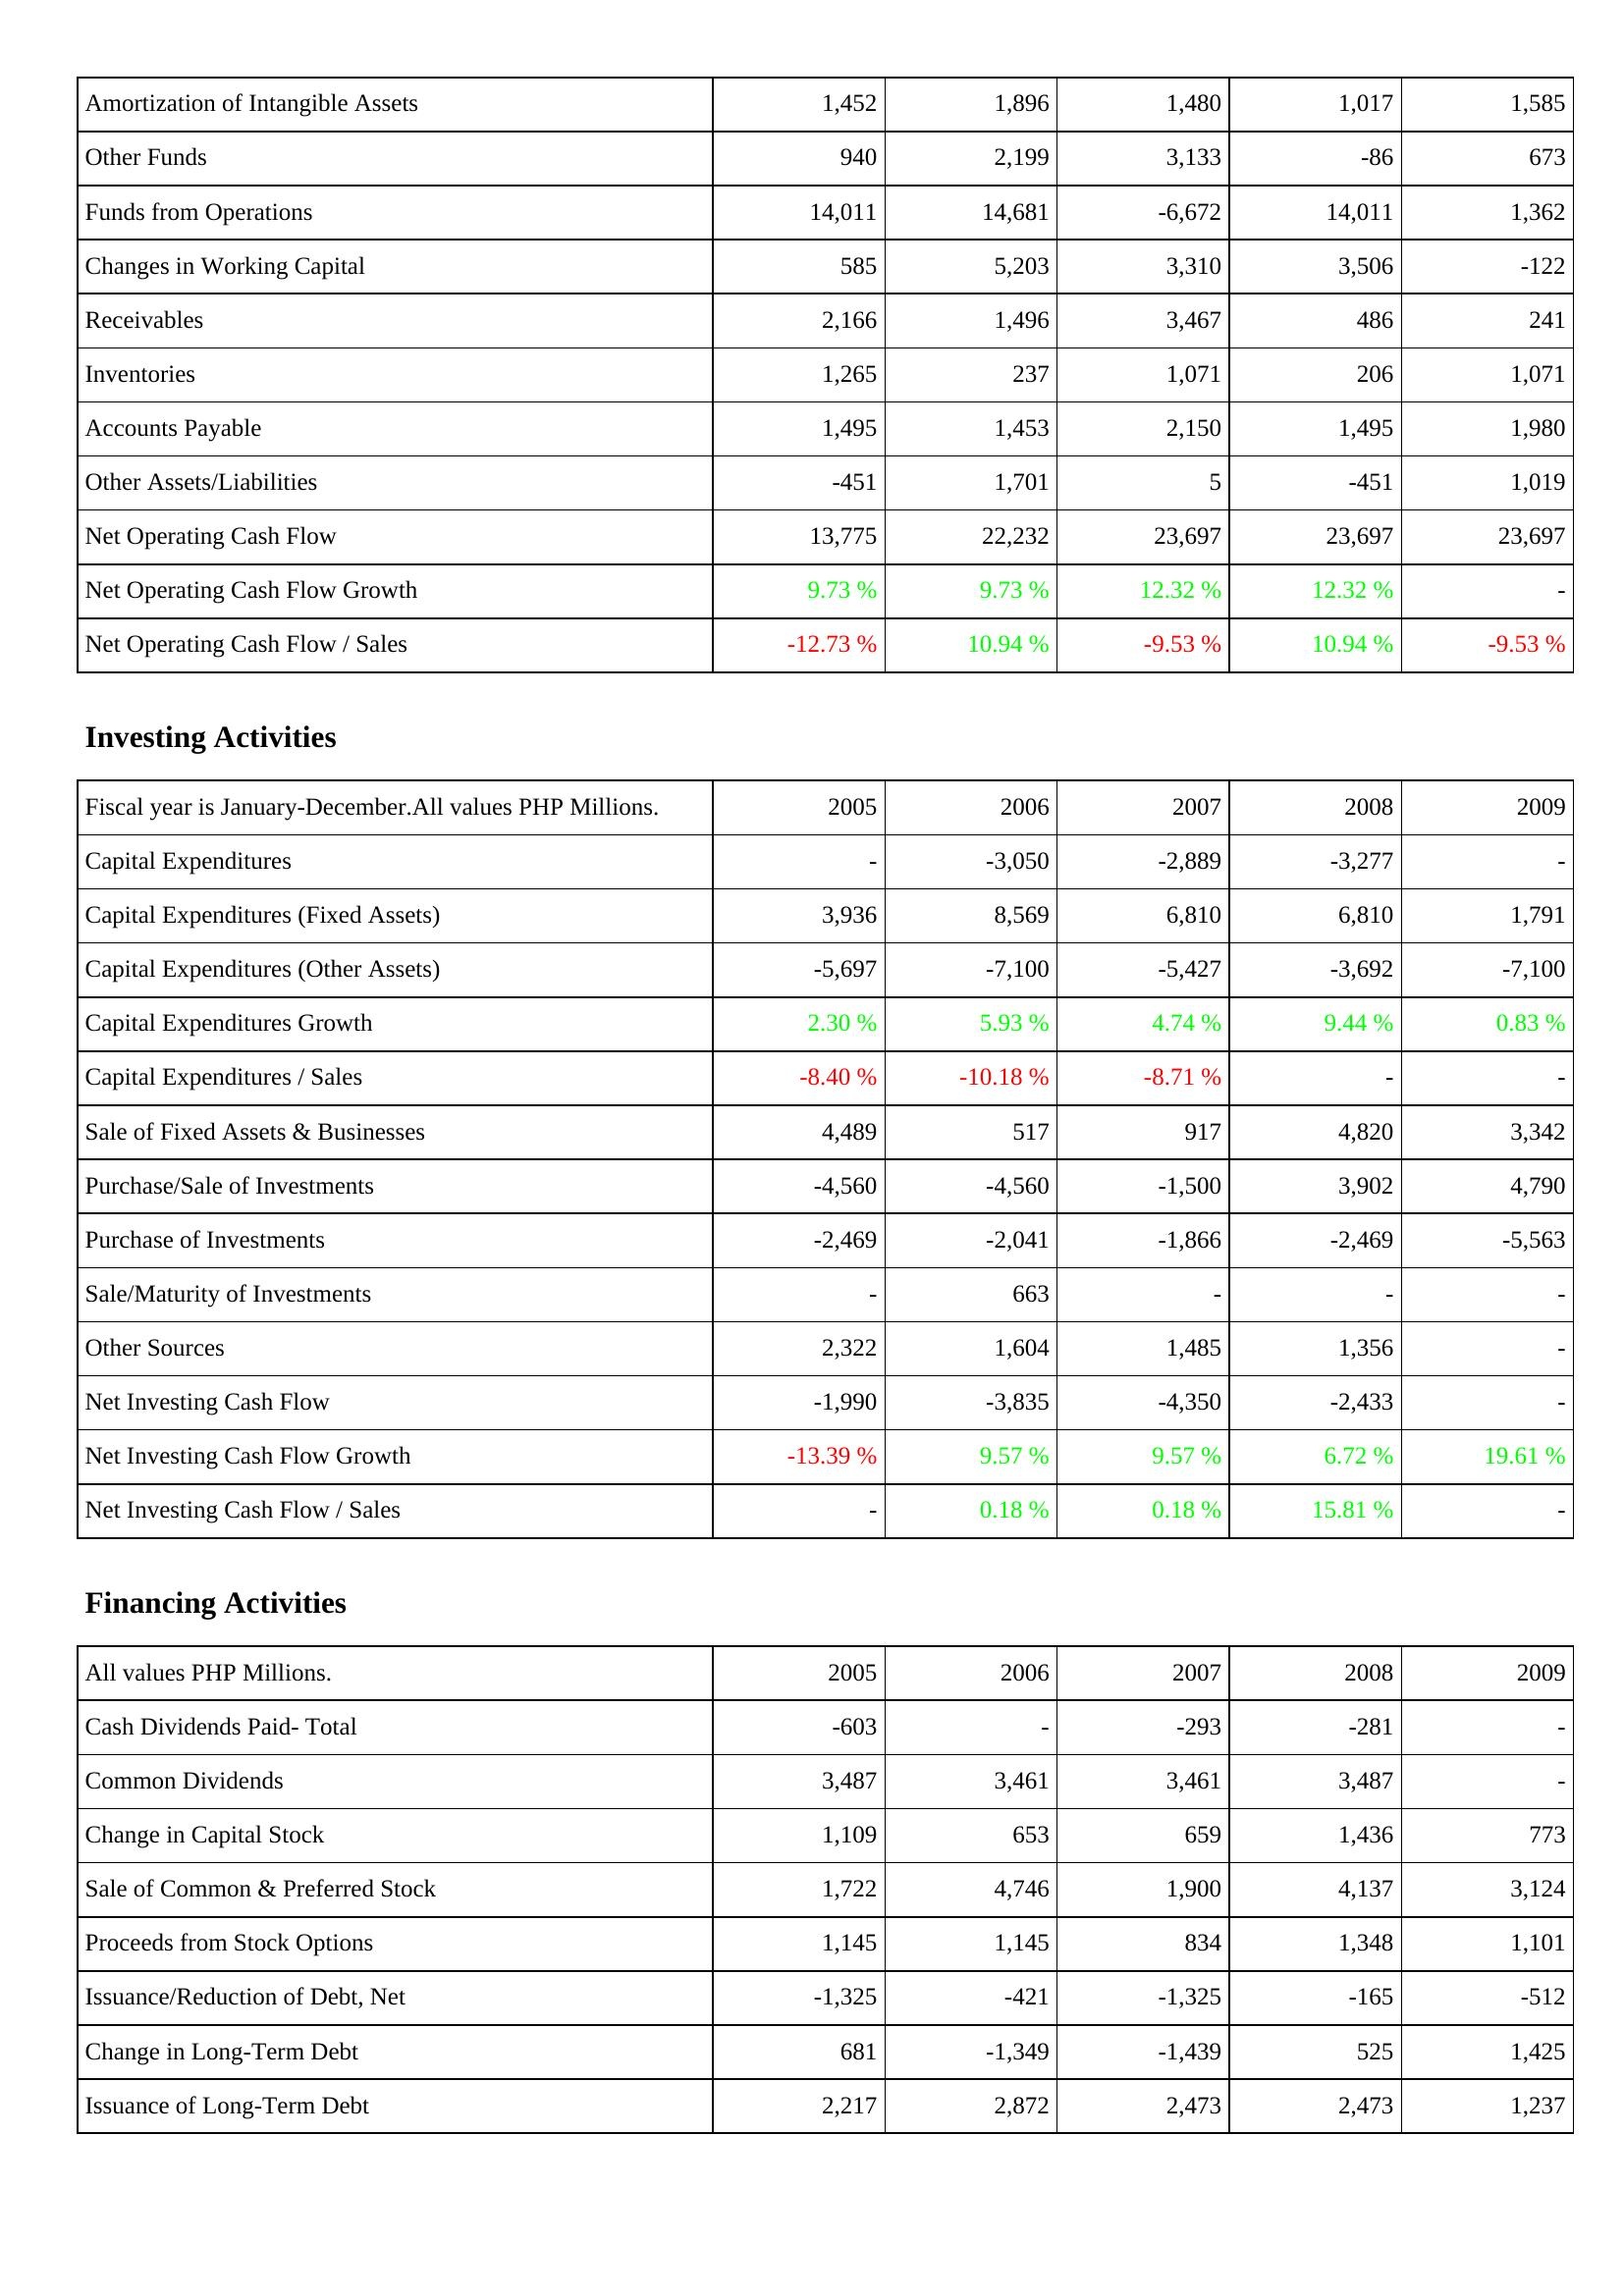
2005: Operating Activities: Amortization of Intangible Assets: 1,452
Other Funds: 940
Funds from Operations: 14,011
Changes in Working Capital: 585
Receivables: 2,166
Inventories: 1,265
Accounts Payable: 1,495
Other Assets/Liabilities: -451
Net Operating Cash Flow: 13,775
Net Operating Cash Flow Growth: 9.73 %
Net Operating Cash Flow / Sales: -12.73 %
Investing Activities: Capital Expenditures: -
Capital Expenditures (Fixed Assets): 3,936
Capital Expenditures (Other Assets): -5,697
Capital Expenditures Growth: 2.30 %
Capital Expenditures / Sales: -8.40 %
Sale of Fixed Assets & Businesses: 4,489
Purchase/Sale of Investments: -4,560
Purchase of Investments: -2,469
Sale/Maturity of Investments: -
Other Sources: 2,322
Net Investing Cash Flow: -1,990
Net Investing Cash Flow Growth: -13.39 %
Net Investing Cash Flow / Sales: -
Financing Activities: Cash Dividends Paid- Total: -603
Common Dividends: 3,487
Change in Capital Stock: 1,109
Sale of Common & Preferred Stock: 1,722
Proceeds from Stock Options: 1,145
Issuance/Reduction of Debt, Net: -1,325
Change in Long-Term Debt: 681
Issuance of Long-Term Debt: 2,217
2006: Operating Activities: Amortization of Intangible Assets: 1,896
Other Funds: 2,199
Funds from Operations: 14,681
Changes in Working Capital: 5,203
Receivables: 1,496
Inventories: 237
Accounts Payable: 1,453
Other Assets/Liabilities: 1,701
Net Operating Cash Flow: 22,232
Net Operating Cash Flow Growth: 9.73 %
Net Operating Cash Flow / Sales: 10.94 %
Investing Activities: Capital Expenditures: -3,050
Capital Expenditures (Fixed Assets): 8,569
Capital Expenditures (Other Assets): -7,100
Capital Expenditures Growth: 5.93 %
Capital Expenditures / Sales: -10.18 %
Sale of Fixed Assets & Businesses: 517
Purchase/Sale of Investments: -4,560
Purchase of Investments: -2,041
Sale/Maturity of Investments: 663
Other Sources: 1,604
Net Investing Cash Flow: -3,835
Net Investing Cash Flow Growth: 9.57 %
Net Investing Cash Flow / Sales: 0.18 %
Financing Activities: Cash Dividends Paid- Total: -
Common Dividends: 3,461
Change in Capital Stock: 653
Sale of Common & Preferred Stock: 4,746
Proceeds from Stock Options: 1,145
Issuance/Reduction of Debt, Net: -421
Change in Long-Term Debt: -1,349
Issuance of Long-Term Debt: 2,872
2007: Operating Activities: Amortization of Intangible Assets: 1,480
Other Funds: 3,133
Funds from Operations: -6,672
Changes in Working Capital: 3,310
Receivables: 3,467
Inventories: 1,071
Accounts Payable: 2,150
Other Assets/Liabilities: 5
Net Operating Cash Flow: 23,697
Net Operating Cash Flow Growth: 12.32 %
Net Operating Cash Flow / Sales: -9.53 %
Investing Activities: Capital Expenditures: -2,889
Capital Expenditures (Fixed Assets): 6,810
Capital Expenditures (Other Assets): -5,427
Capital Expenditures Growth: 4.74 %
Capital Expenditures / Sales: -8.71 %
Sale of Fixed Assets & Businesses: 917
Purchase/Sale of Investments: -1,500
Purchase of Investments: -1,866
Sale/Maturity of Investments: -
Other Sources: 1,485
Net Investing Cash Flow: -4,350
Net Investing Cash Flow Growth: 9.57 %
Net Investing Cash Flow / Sales: 0.18 %
Financing Activities: Cash Dividends Paid- Total: -293
Common Dividends: 3,461
Change in Capital Stock: 659
Sale of Common & Preferred Stock: 1,900
Proceeds from Stock Options: 834
Issuance/Reduction of Debt, Net: -1,325
Change in Long-Term Debt: -1,439
Issuance of Long-Term Debt: 2,473
2008: Operating Activities: Amortization of Intangible Assets: 1,017
Other Funds: -86
Funds from Operations: 14,011
Changes in Working Capital: 3,506
Receivables: 486
Inventories: 206
Accounts Payable: 1,495
Other Assets/Liabilities: -451
Net Operating Cash Flow: 23,697
Net Operating Cash Flow Growth: 12.32 %
Net Operating Cash Flow / Sales: 10.94 %
Investing Activities: Capital Expenditures: -3,277
Capital Expenditures (Fixed Assets): 6,810
Capital Expenditures (Other Assets): -3,692
Capital Expenditures Growth: 9.44 %
Capital Expenditures / Sales: -
Sale of Fixed Assets & Businesses: 4,820
Purchase/Sale of Investments: 3,902
Purchase of Investments: -2,469
Sale/Maturity of Investments: -
Other Sources: 1,356
Net Investing Cash Flow: -2,433
Net Investing Cash Flow Growth: 6.72 %
Net Investing Cash Flow / Sales: 15.81 %
Financing Activities: Cash Dividends Paid- Total: -281
Common Dividends: 3,487
Change in Capital Stock: 1,436
Sale of Common & Preferred Stock: 4,137
Proceeds from Stock Options: 1,348
Issuance/Reduction of Debt, Net: -165
Change in Long-Term Debt: 525
Issuance of Long-Term Debt: 2,473
2009: Operating Activities: Amortization of Intangible Assets: 1,585
Other Funds: 673
Funds from Operations: 1,362
Changes in Working Capital: -122
Receivables: 241
Inventories: 1,071
Accounts Payable: 1,980
Other Assets/Liabilities: 1,019
Net Operating Cash Flow: 23,697
Net Operating Cash Flow Growth: -
Net Operating Cash Flow / Sales: -9.53 %
Investing Activities: Capital Expenditures: -
Capital Expenditures (Fixed Assets): 1,791
Capital Expenditures (Other Assets): -7,100
Capital Expenditures Growth: 0.83 %
Capital Expenditures / Sales: -
Sale of Fixed Assets & Businesses: 3,342
Purchase/Sale of Investments: 4,790
Purchase of Investments: -5,563
Sale/Maturity of Investments: -
Other Sources: -
Net Investing Cash Flow: -
Net Investing Cash Flow Growth: 19.61 %
Net Investing Cash Flow / Sales: -
Financing Activities: Cash Dividends Paid- Total: -
Common Dividends: -
Change in Capital Stock: 773
Sale of Common & Preferred Stock: 3,124
Proceeds from Stock Options: 1,101
Issuance/Reduction of Debt, Net: -512
Change in Long-Term Debt: 1,425
Issuance of Long-Term Debt: 1,237